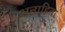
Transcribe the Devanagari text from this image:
अनाहिता